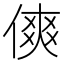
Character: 傸